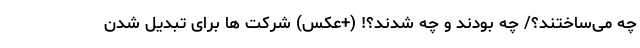
چه می‌ساختند؟/ چه بودند و چه شدند؟! (+عکس) شرکت ها برای تبدیل شدن